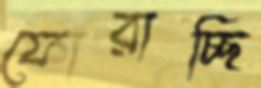
ফোরাচ্ছি